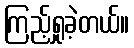
ကြည့်ရှုခဲ့တယ်။